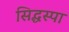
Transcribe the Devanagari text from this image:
सिद्धस्पा